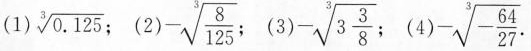
(1) \sqrt [ 3 ] { 0.125 }； (2) - \sqrt [ 3 ] { \frac { 8 } { 125 } } (3) - \sqrt [ 3 ] { 3 \frac { 3 } { 8 } } (4)- \sqrt [ 3 ] { - \frac { 64 } { 27 } }